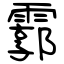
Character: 霩